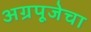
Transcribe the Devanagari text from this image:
अग्रपूजेचा